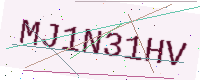
Text: MJ1N31HV